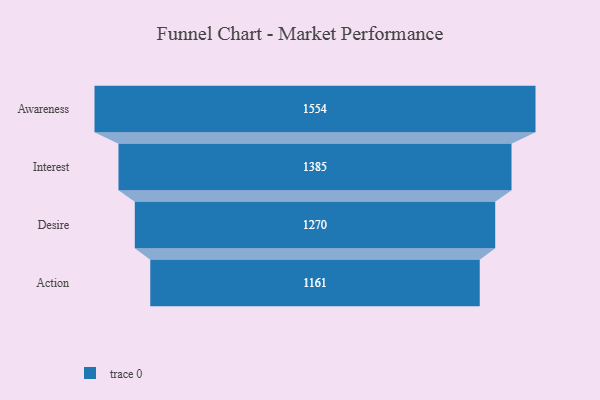
{"axis": {"x": "Stage", "y": "Value"}, "legend": [""], "data": [{"x": "Awareness", "y": 1554.0, "type": ""}, {"x": "Interest", "y": 1385.0, "type": ""}, {"x": "Desire", "y": 1270.0, "type": ""}, {"x": "Action", "y": 1161.0, "type": ""}]}